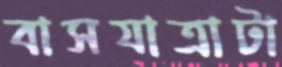
বাসযাত্রাটা